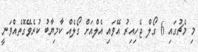
މި މެޗުގައި 6 ގޯލް ޖެހިއިރު އޭވައި އެލްއަށް ގޯލެއް ކާމިޔާބު ކުރެވޭގޮތެއްވަނީ